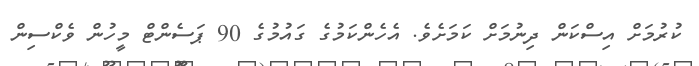
ކުރުމަށް އިސްކަން ދިނުމަށް ކަމަށެވެ. އެހެންކަމުގެ ގައުމުގެ 90 ޕަސެންޓް މީހުން ވެކްސިން